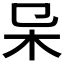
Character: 𣎿